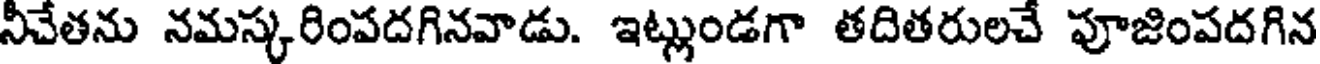
నీచేతను నమస్కరింపదగినవాడు. ఇట్లుండగా తదితరులచే పూజింపదగిన